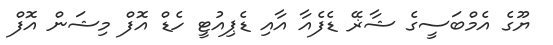
ޔޫގެ އެމްބަސީގެ ޝާޜޭ ޑެފެއާ އާއި ޑެޕިއުޓީ ހެޑް އޮފް މިޝަން އޮފް